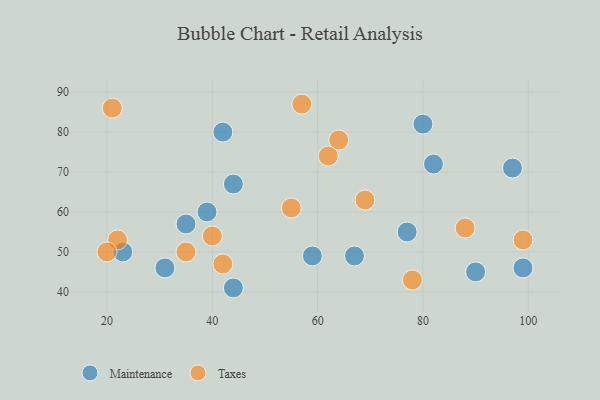
{"axis": {"x": "GDP", "y": "Life Expectancy"}, "legend": ["Maintenance", "Taxes"], "data": [{"x": "77", "y": 55, "type": "Maintenance"}, {"x": "44", "y": 41, "type": "Maintenance"}, {"x": "82", "y": 72, "type": "Maintenance"}, {"x": "31", "y": 46, "type": "Maintenance"}, {"x": "35", "y": 57, "type": "Maintenance"}, {"x": "99", "y": 46, "type": "Maintenance"}, {"x": "80", "y": 82, "type": "Maintenance"}, {"x": "42", "y": 80, "type": "Maintenance"}, {"x": "90", "y": 45, "type": "Maintenance"}, {"x": "67", "y": 49, "type": "Maintenance"}, {"x": "44", "y": 67, "type": "Maintenance"}, {"x": "59", "y": 49, "type": "Maintenance"}, {"x": "39", "y": 60, "type": "Maintenance"}, {"x": "97", "y": 71, "type": "Maintenance"}, {"x": "23", "y": 50, "type": "Maintenance"}, {"x": "35", "y": 50, "type": "Taxes"}, {"x": "69", "y": 63, "type": "Taxes"}, {"x": "55", "y": 61, "type": "Taxes"}, {"x": "64", "y": 78, "type": "Taxes"}, {"x": "62", "y": 74, "type": "Taxes"}, {"x": "42", "y": 47, "type": "Taxes"}, {"x": "22", "y": 53, "type": "Taxes"}, {"x": "78", "y": 43, "type": "Taxes"}, {"x": "20", "y": 50, "type": "Taxes"}, {"x": "99", "y": 53, "type": "Taxes"}, {"x": "88", "y": 56, "type": "Taxes"}, {"x": "40", "y": 54, "type": "Taxes"}, {"x": "21", "y": 86, "type": "Taxes"}, {"x": "57", "y": 87, "type": "Taxes"}]}